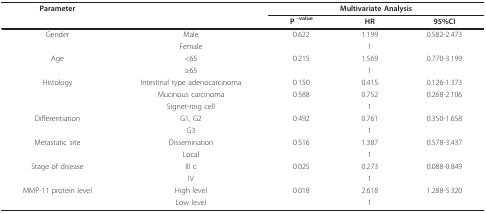
<table><thead><tr><td><b>Parameter</b></td><td></td><td colspan="3"><b>Multivariate Analysis</b></td></tr><tr><td></td><td></td><td><b>P <sup>-value</sup></b></td><td><b>HR</b></td><td><b>95%CI</b></td></tr></thead><tbody><tr><td>Gender</td><td>Male</td><td>0.622</td><td>1.199</td><td>0.582-2.473</td></tr><tr><td></td><td>Female</td><td></td><td>1</td><td></td></tr><tr><td>Age</td><td>&lt;65</td><td>0.215</td><td>1.569</td><td>0.770-3.199</td></tr><tr><td></td><td>≥65</td><td></td><td>1</td><td></td></tr><tr><td>Histology</td><td>Intestinal type adenocarcinoma</td><td>0.150</td><td>0.415</td><td>0.126-1.373</td></tr><tr><td></td><td>Mucinous carcinoma</td><td>0.588</td><td>0.752</td><td>0.268-2.106</td></tr><tr><td></td><td>Signet-ring cell</td><td></td><td>1</td><td></td></tr><tr><td>Differentiation</td><td>G1, G2</td><td>0.492</td><td>0.761</td><td>0.350-1.658</td></tr><tr><td></td><td>G3</td><td></td><td>1</td><td></td></tr><tr><td>Metastatic site</td><td>Dissemination</td><td>0.516</td><td>1.387</td><td>0.578-3.437</td></tr><tr><td></td><td>Local</td><td></td><td>1</td><td></td></tr><tr><td>Stage of disease</td><td>III c</td><td>0.025</td><td>0.273</td><td>0.088-0.849</td></tr><tr><td></td><td>IV</td><td></td><td>1</td><td></td></tr><tr><td>MMP-11 protein level</td><td>High level</td><td>0.018</td><td>2.618</td><td>1.288-5.320</td></tr><tr><td></td><td>Low level</td><td></td><td>1</td><td></td></tr></tbody></table>